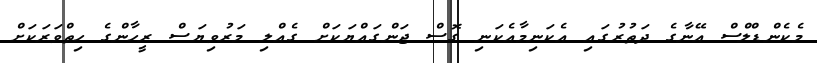
މެކެންޑްލްސް އޭނާގެ ދަތުރުގައި އެކަނިމާއެކަނި ގޮސް ޖަންގައްޔަކަށް ގެއްލި މަރުވިޔަސް ރީހާންގެ ހިތްވަރަކަށް